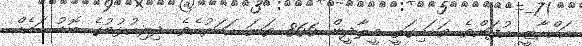
އައްރާޒީ އުފަންވެ ވަޑައިގަތީ މީލާދީން 866 ވަނަ އަހަރުއެވެ. ދިރިއުޅުމުގެ ބޮޑު ބައެއް